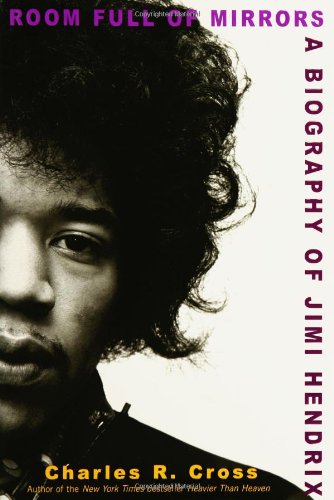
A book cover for Room Full of Mirrors: A Biography of Jimi Hendrix; Charles R. Cross; Biographies & Memoirs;